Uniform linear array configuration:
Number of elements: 12
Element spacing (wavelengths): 0.5
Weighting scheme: cosine
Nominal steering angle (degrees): -30
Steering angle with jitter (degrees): -28.706
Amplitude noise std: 0.05
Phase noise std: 0.05

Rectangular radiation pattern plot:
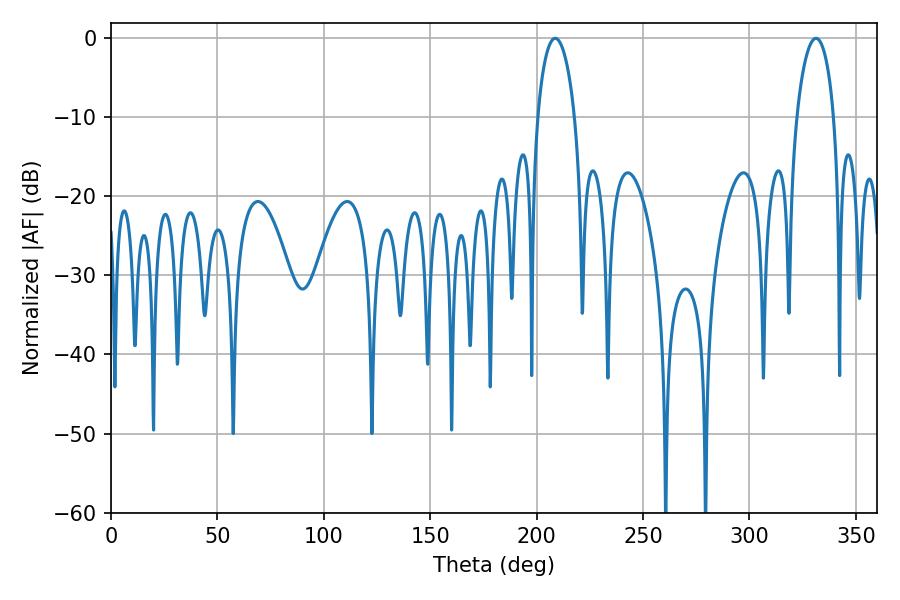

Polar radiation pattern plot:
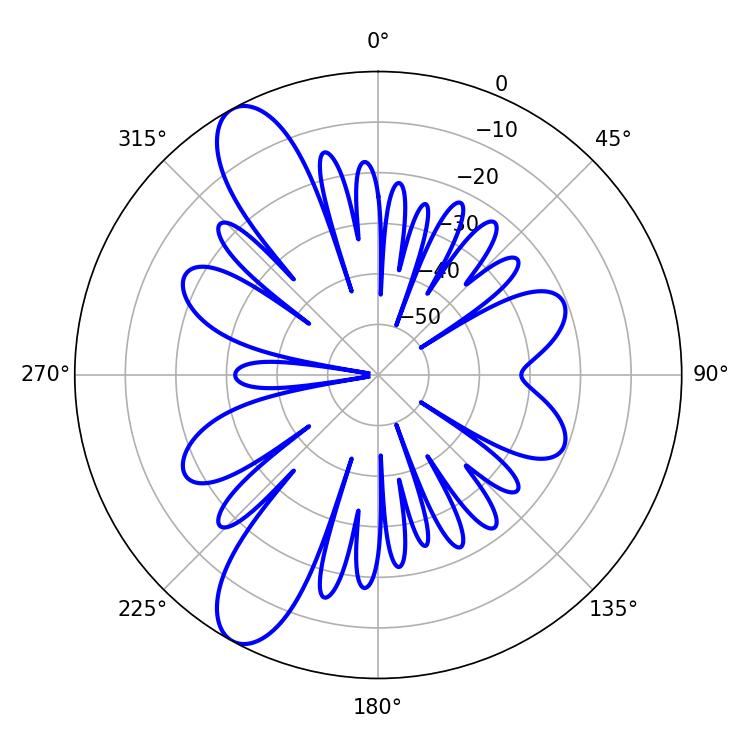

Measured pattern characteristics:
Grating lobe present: FALSE
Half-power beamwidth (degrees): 9.9
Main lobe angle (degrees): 331.2